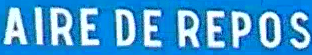
AIRE DE REPOS